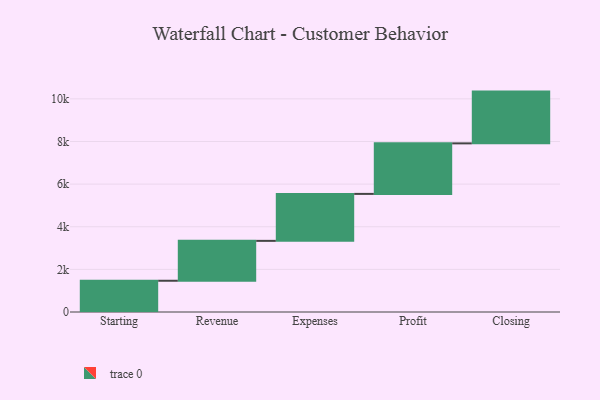
{"axis": {"x": "Step", "y": "Value"}, "legend": [""], "data": [{"x": "Starting", "y": 1466.0, "type": ""}, {"x": "Revenue", "y": 1872.0, "type": ""}, {"x": "Expenses", "y": 2203.0, "type": ""}, {"x": "Profit", "y": 2371.0, "type": ""}, {"x": "Closing", "y": 2429.0, "type": ""}]}